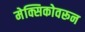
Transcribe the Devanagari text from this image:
मेक्सिकोवरून